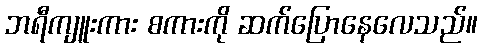
ဘရီကျူးကား စကားကို ဆက်ပြောနေလေသည်။